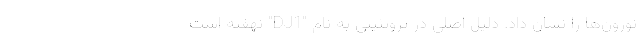
نورون‌ها را نشان داد. دلیل اصلی در پروتئینی به نام "DJ1" نهفته است